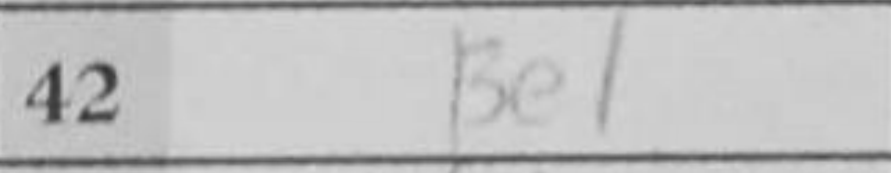
Transcription: Be1